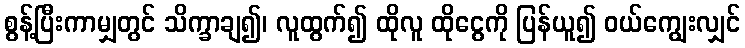
စွန့်ပြီးကာမျှတွင် သိက္ခာချ၍၊ လူထွက်၍ ထိုလူ ထိုငွေကို ပြန်ယူ၍ ဝယ်ကျွေးလျှင်